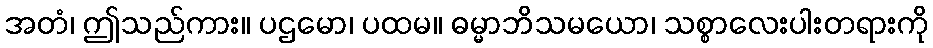
အတံ၊ ဤသည်ကား။ ပဌမော၊ ပထမ။ ဓမ္မာဘိသမယော၊ သစ္စာလေးပါးတရားကို